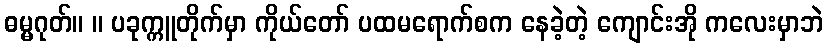
ဓမ္မဂုတ်။ ။ ပခုက္ကူတိုက်မှာ ကိုယ်တော် ပထမရောက်စက နေခဲ့တဲ့ ကျောင်းအို ကလေးမှာဘဲ